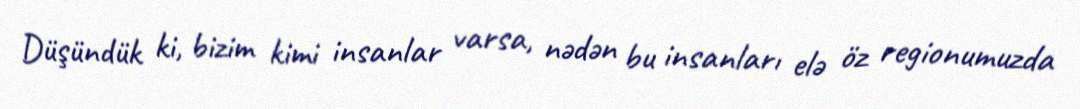
Düşündük ki, bizim kimi insanlar varsa, nədən bu insanları elə öz regionumuzda